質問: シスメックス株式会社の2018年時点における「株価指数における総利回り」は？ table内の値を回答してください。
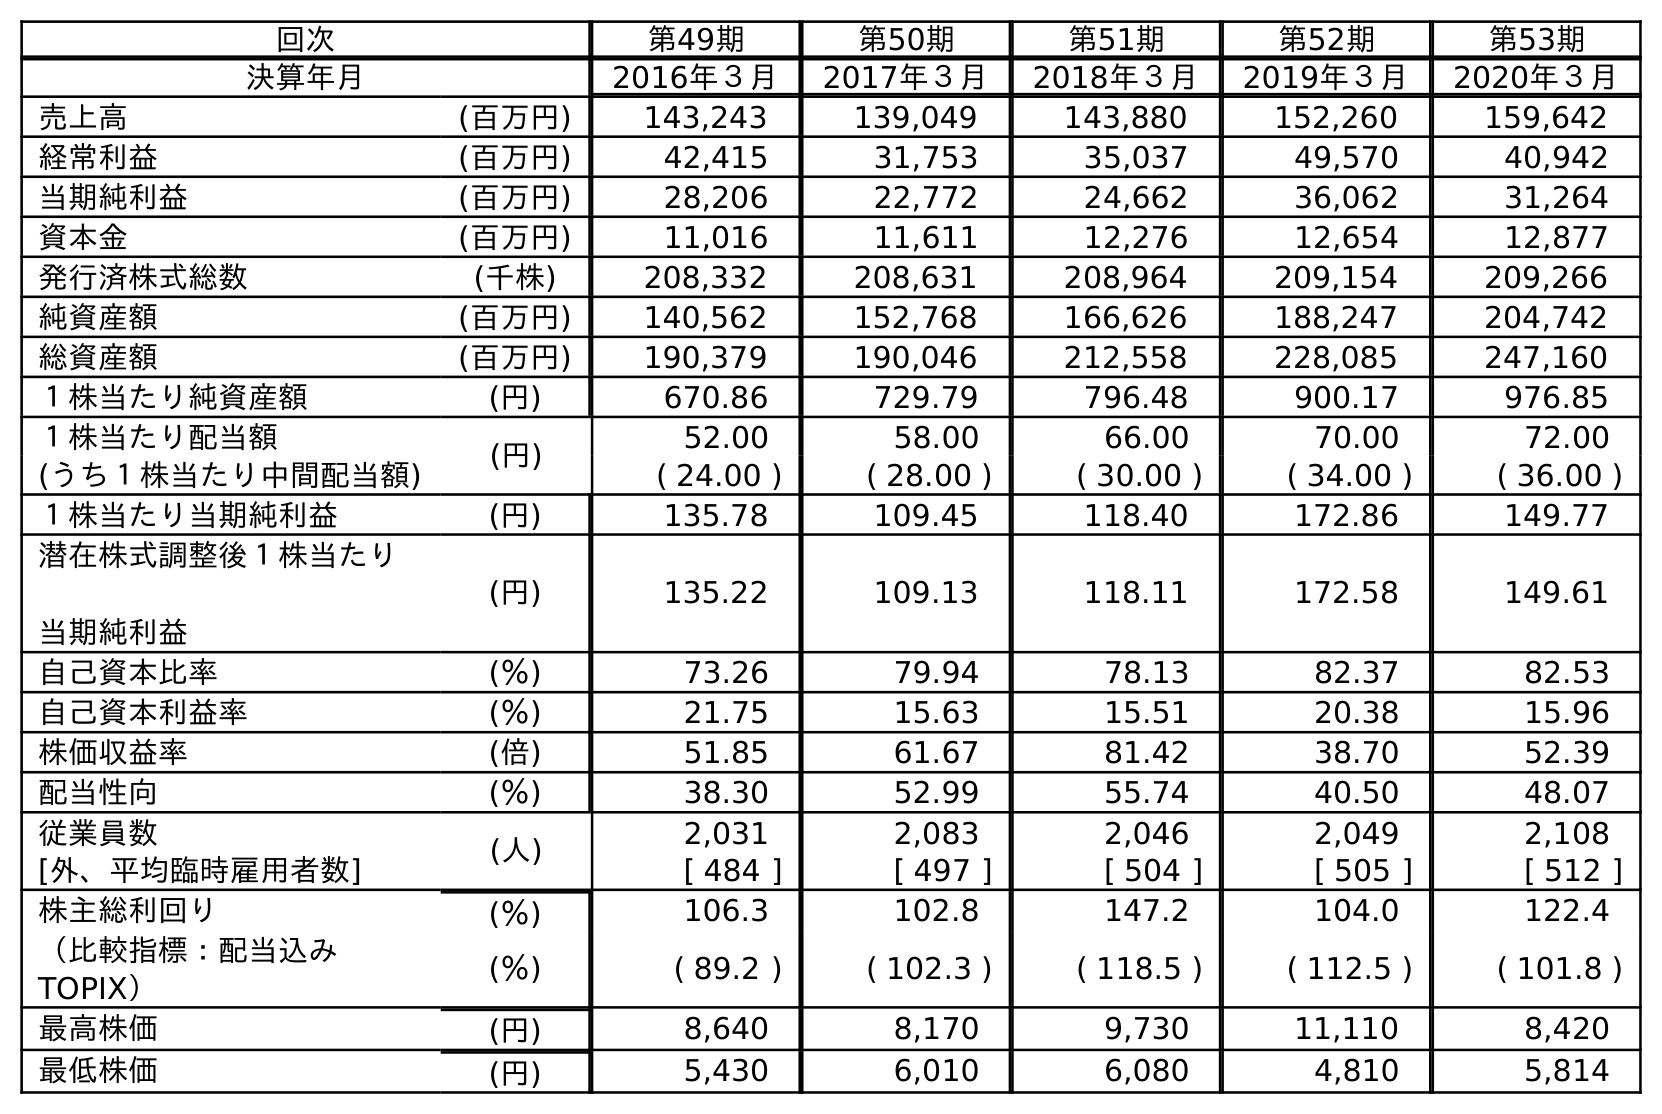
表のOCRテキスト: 回次 第49期 第50期 第51期 第52期 第53期 決算年月 2016年３月 2017年３月 2018年３月 2019年３月 2020年３月 売上高 (百万円) 143,243 139,049 143,880 152,260 159,642 経常利益 (百万円) 42,415 31,753 35,037 49,570 40,942 当期純利益 (百万円) 28,206 22,772 24,662 36,062 31,264 資本金 (百万円) 11,016 11,611 12,276 12,654 12,877 発行済株式総数 (千株) 208,332 208,631 208,964 209,154 209,266 純資産額 (百万円) 140,562 152,768 166,626 188,247 204,742 総資産額 (百万円) 190,379 190,046 212,558 228,085 247,160 １株当たり純資産額 (円) 670.86 729.79 796.48 900.17 976.85 １株当たり配当額 (円) 52.00 58.00 66.00 70.00 72.00 (うち１株当たり中間配当額) ( 24.00 ) ( 28.00 ) ( 30.00 ) ( 34.00 ) ( 36.00 ) １株当たり当期純利益 (円) 135.78 109.45 118.40 172.86 149.77 潜在株式調整後１株当たり 当期純利益 (円) 135.22 109.13 118.11 172.58 149.61 自己資本比率 (％) 73.26 79.94 78.13 82.37 82.53 自己資本利益率 (％) 21.75 15.63 15.51 20.38 15.96 株価収益率 (倍) 51.85 61.67 81.42 38.70 52.39 配当性向 (％) 38.30 52.99 55.74 40.50 48.07 従業員数 (人) 2,031 2,083 2,046 2,049 2,108 [外、平均臨時雇用者数] [ 484 ] [ 497 ] [ 504 ] [ 505 ] [ 512 ] 株主総利回り (％) 106.3 102.8 147.2 104.0 122.4 （比較指標：配当込み TOPIX） (％) ( 89.2 ) ( 102.3 ) ( 118.5 ) ( 112.5 ) ( 101.8 ) 最高株価 (円) 8,640 8,170 9,730 11,110 8,420 最低株価 (円) 5,430 6,010 6,080 4,810 5,814
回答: (118.5)